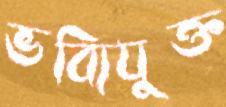
ভব্যিযুক্ত